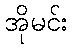
အိုမင်း